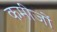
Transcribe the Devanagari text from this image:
कमीजों